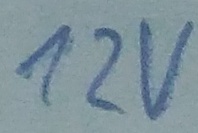
Text: 12v